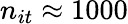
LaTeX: n_{it}\approx 1000